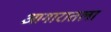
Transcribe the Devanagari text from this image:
आगारातला